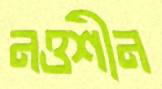
নওশীন